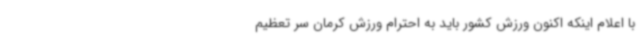
با اعلام اینکه اکنون ورزش کشور باید به احترام ورزش کرمان سر تعظیم